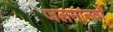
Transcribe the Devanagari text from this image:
जलमानवों